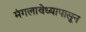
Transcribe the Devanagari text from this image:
मंगलावेध्यापासून